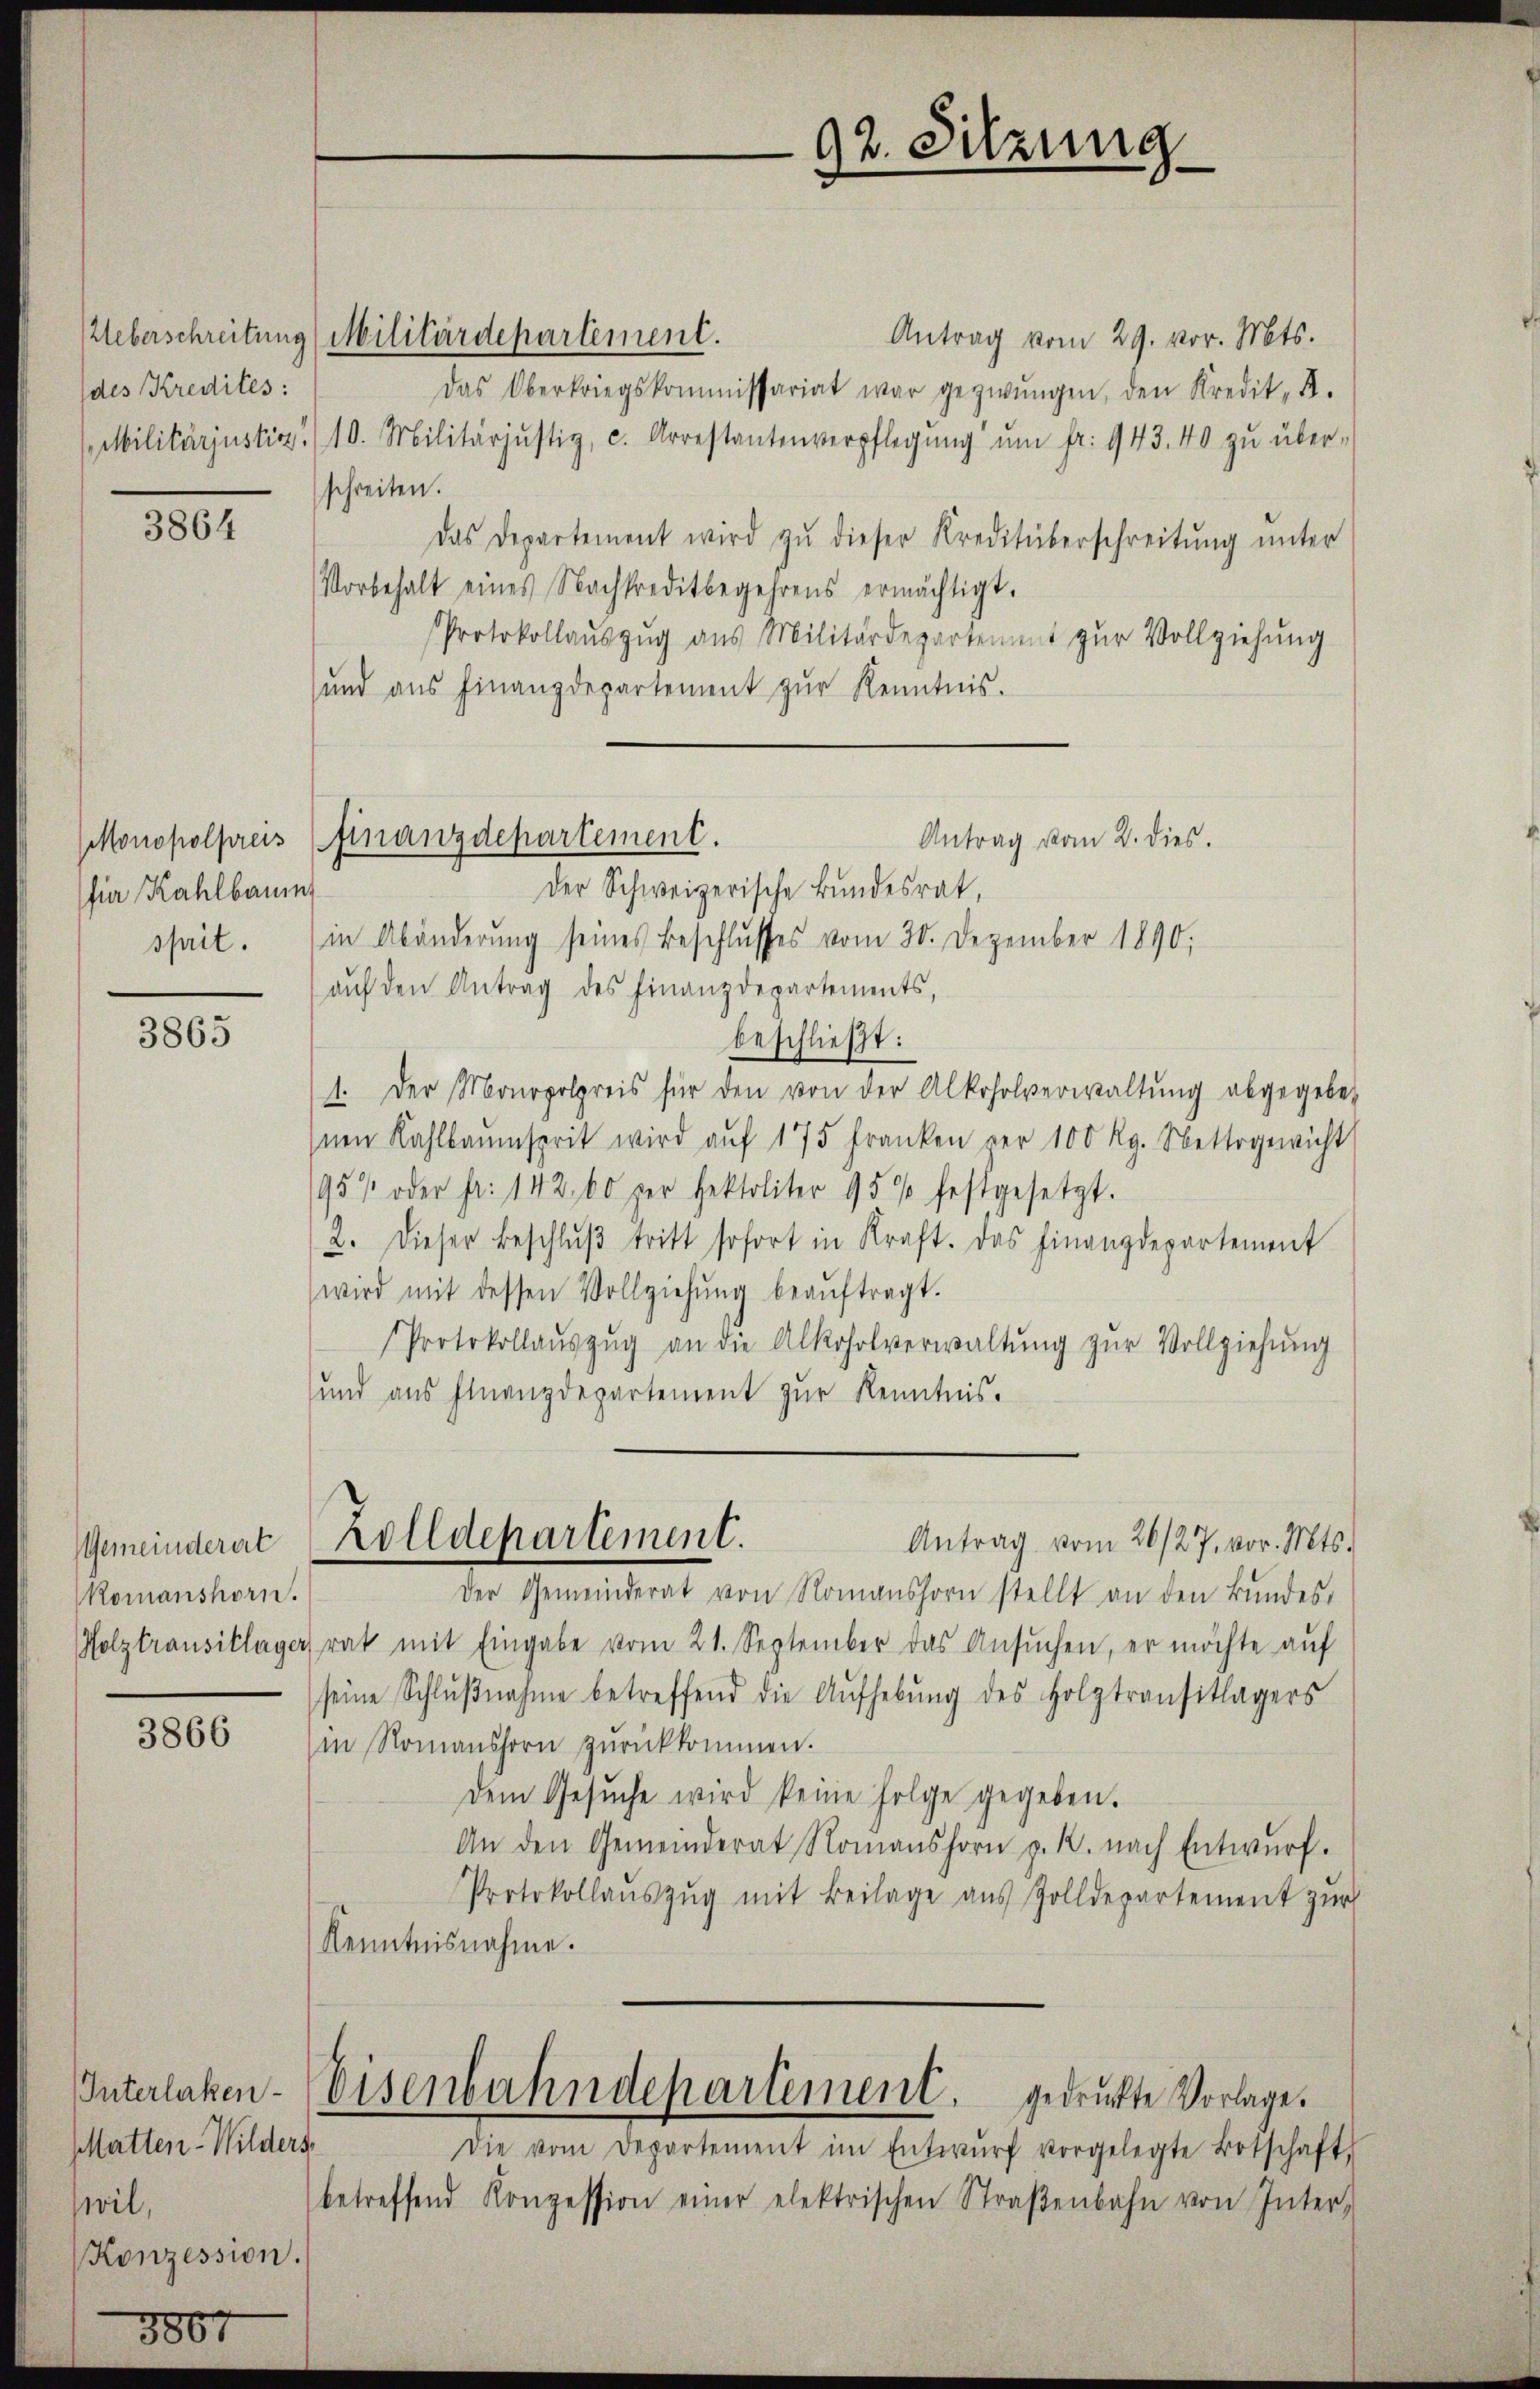
Ueberschreitung
des Kredites:
(Militärjustiz.

3864

Monopolpreis
fir Kahlbaum
sprit.

3865

Gemeinderat
Komanshorn.
Holztransitlager

3866

Interlaken
Matten-Wilders.
wil,
Konzession.

Militärdepartement.
Antrag vom 29. vor. Mts.
Das Oberkriegskommissariat war gezwungen, den Kredit, d.
10. Militärjustiz, c. Arrestantenverpflegŭng ŭm fr. 943. 40 zu überschreiten.
Das Departement wird zŭ dieser Kreditüberschreitŭng ŭnter
Vorbehalt eines Nachkreditbegehrens ermächtigt.
Protokollauszug aus Militärdepartement zur Vollziehung
ŭnd aŭs Finanzdepartement zŭr Kenntnis.
Der Schweizerische Bundesrat,
in Abänderung seines Beschlŭsses vom 30. Dezember 1890;
aŭf den Antrag des Finanzdepartements,
beschließt:
1. Der Monopolpreis für den von der Alkoholverwaltŭng abgegeben
nen Kahlbaumserit wird aŭf 175 Franken vor 100 Rg. Nettogewicht
95% oder Fr. 142. 60 per Hektoliter 95% festgesetzt.
2. Dieser Beschlŭβ tritt sofort in Kraft. Das Finanzdepartement
wird mit dessen Vollziehŭng beaŭftragt.
Protokollaŭszŭg an die Alkoholverwaltŭng zŭr Vollziehŭng
sund aus Finanzdepartement zŭr Kenntnis-
Zolldepartement.
Antrag vom 26/27. vor. Mts.
Der Gemeinderat von Romanshorn stellt an den Bŭndes-
rat mit Eingabe vom 21. September das Ansŭchen, er möchte aŭf
seine Schlŭβnahme betreffend die Aŭfhebŭng des Holztransitlagers
in Romanshorn zŭrückkommen.
dem Gesŭche wird keine Folge gegeben.
An den Gemeinderat Romanshorn z. K. nach Entwurf.
Protokollaŭszŭg mit Beilage aŭs Zolldepartement zŭr
Kenntnisnahme.
Eisenbahndepartement, gedruckte Vorlage.
Die vom Departement im Entwŭrf vorgelegte Botschaft,
betreffend Konzession einer elektrischen Straβenbahn von Inter-

92. Sitzung

Antrag vom 2. dies.
Finanzdepartement.